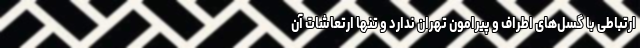
ارتباطی با گسل‌های اطراف و پیرامون تهران ندارد و تنها ارتعاشات آن